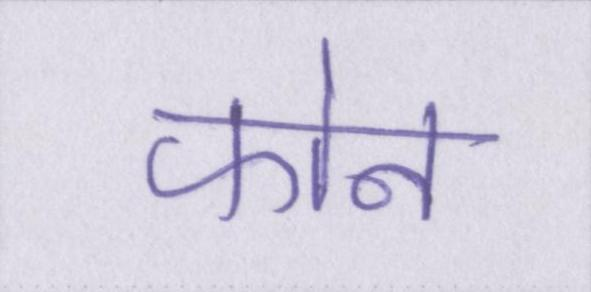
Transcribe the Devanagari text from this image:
फोन